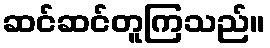
ဆင်ဆင်တူကြသည်။